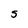
Character: S